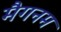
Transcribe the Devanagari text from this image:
मैगनम